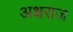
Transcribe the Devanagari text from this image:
अक्षराज